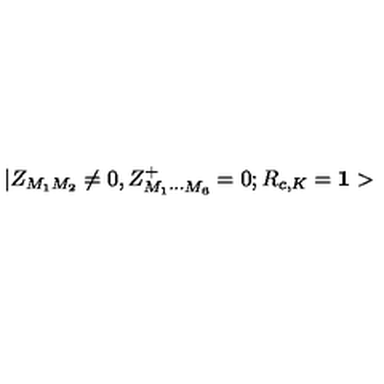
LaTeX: | Z _ { M _ { 1 } M _ { 2 } } \neq 0 , Z _ { M _ { 1 } \cdots M _ { 6 } } ^ { + } = 0 ; R _ { c , K } = { \bf 1 > }